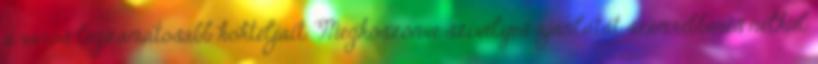
a város legzamatosabb koktéljait. Megköszönve szívélyes ajánlatát szemrebbenés nélkül